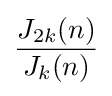
{\frac {J_{2k}(n)}{J_{k}(n)}}